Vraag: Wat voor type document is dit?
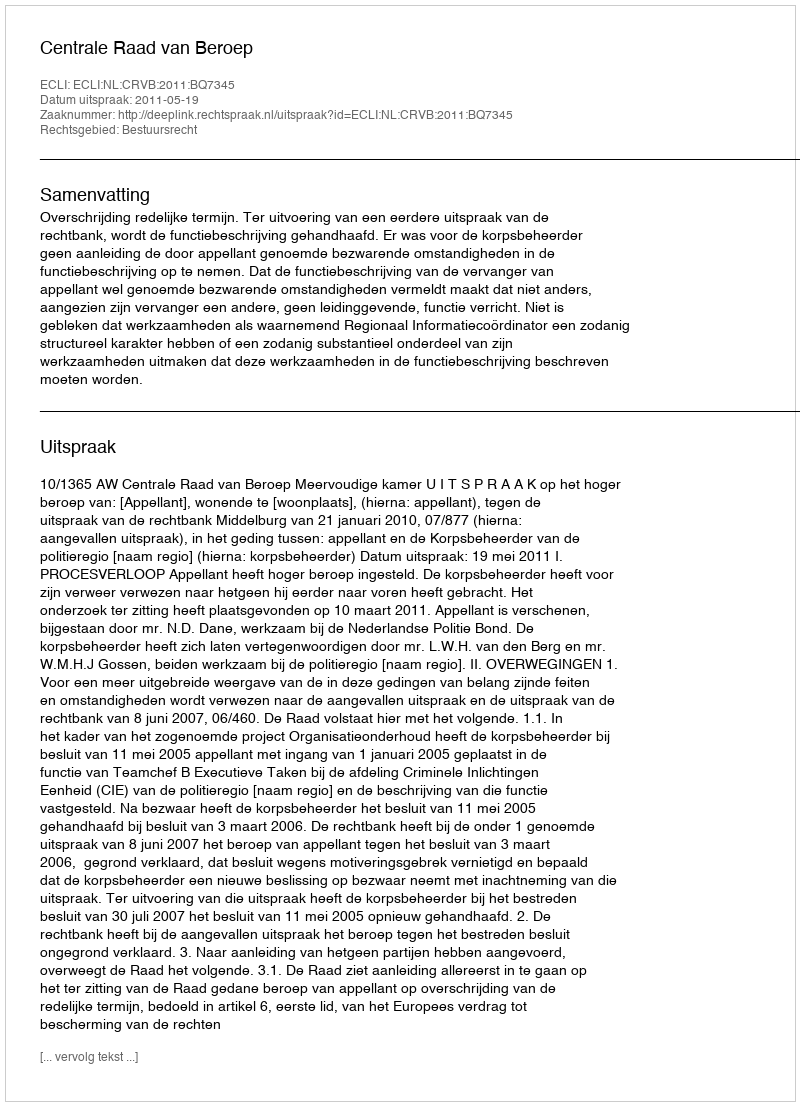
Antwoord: Uitspraak